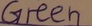
Text: Green